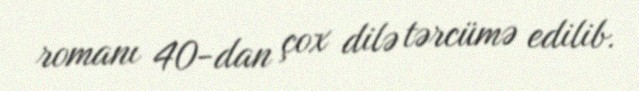
romanı 40-dan çox dilə tərcümə edilib.